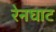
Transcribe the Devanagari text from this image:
रेनघाट